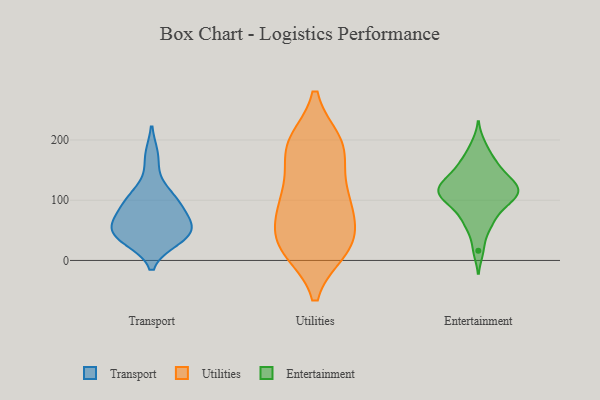
{"axis": {"x": "LTV (USD)", "y": "Value"}, "legend": ["Entertainment", "Transport", "Utilities"], "data": [{"x": "", "y": 114, "type": "Transport"}, {"x": "", "y": 98, "type": "Transport"}, {"x": "", "y": 95, "type": "Transport"}, {"x": "", "y": 45, "type": "Transport"}, {"x": "", "y": 35, "type": "Transport"}, {"x": "", "y": 46, "type": "Transport"}, {"x": "", "y": 63, "type": "Transport"}, {"x": "", "y": 53, "type": "Transport"}, {"x": "", "y": 172, "type": "Transport"}, {"x": "", "y": 40, "type": "Transport"}, {"x": "", "y": 79, "type": "Transport"}, {"x": "", "y": 100, "type": "Utilities"}, {"x": "", "y": 194, "type": "Utilities"}, {"x": "", "y": 96, "type": "Utilities"}, {"x": "", "y": 197, "type": "Utilities"}, {"x": "", "y": 54, "type": "Utilities"}, {"x": "", "y": 60, "type": "Utilities"}, {"x": "", "y": 17, "type": "Utilities"}, {"x": "", "y": 22, "type": "Utilities"}, {"x": "", "y": 140, "type": "Utilities"}, {"x": "", "y": 97, "type": "Utilities"}, {"x": "", "y": 18, "type": "Utilities"}, {"x": "", "y": 172, "type": "Utilities"}, {"x": "", "y": 196, "type": "Utilities"}, {"x": "", "y": 191, "type": "Utilities"}, {"x": "", "y": 98, "type": "Utilities"}, {"x": "", "y": 26, "type": "Utilities"}, {"x": "", "y": 26, "type": "Utilities"}, {"x": "", "y": 69, "type": "Entertainment"}, {"x": "", "y": 129, "type": "Entertainment"}, {"x": "", "y": 67, "type": "Entertainment"}, {"x": "", "y": 16, "type": "Entertainment"}, {"x": "", "y": 117, "type": "Entertainment"}, {"x": "", "y": 95, "type": "Entertainment"}, {"x": "", "y": 126, "type": "Entertainment"}, {"x": "", "y": 102, "type": "Entertainment"}, {"x": "", "y": 193, "type": "Entertainment"}, {"x": "", "y": 50, "type": "Entertainment"}, {"x": "", "y": 150, "type": "Entertainment"}, {"x": "", "y": 161, "type": "Entertainment"}, {"x": "", "y": 101, "type": "Entertainment"}, {"x": "", "y": 128, "type": "Entertainment"}, {"x": "", "y": 147, "type": "Entertainment"}, {"x": "", "y": 111, "type": "Entertainment"}, {"x": "", "y": 171, "type": "Entertainment"}, {"x": "", "y": 123, "type": "Entertainment"}, {"x": "", "y": 114, "type": "Entertainment"}, {"x": "", "y": 93, "type": "Entertainment"}]}